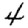
Digit: 4